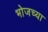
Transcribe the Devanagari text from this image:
भोजच्या